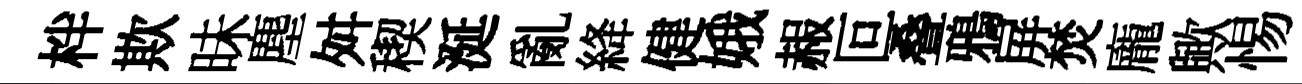
柈欺昧塵舛稧涎亂絳健娥赧叵叠鴉屏焚龐歟惕